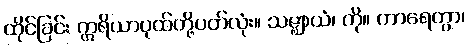
ထိုင်ခြင်း ဣရိယာပုထ်တို့ပတ်လုံး။ သဇ္ဈာယံ၊ ကို။ ကာရေတွာ၊